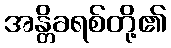
အန္တိခရစ်တို့၏